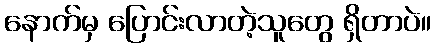
နောက်မှ ပြောင်းလာတဲ့သူတွေ ရှိတာပဲ။